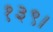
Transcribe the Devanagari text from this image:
१३९।